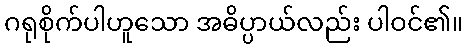
ဂရုစိုက်ပါဟူသော အဓိပ္ပာယ်လည်း ပါဝင်၏။